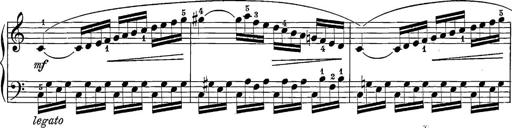
Title: 12 Sonatine per Pianoforte
Composer: Friedrich Kuhlau